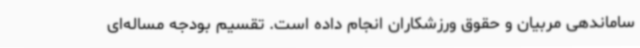
ساماندهی مربیان و حقوق ورزشکاران انجام داده‌ است. تقسیم بودجه مساله‌ای